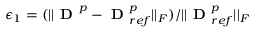
\epsilon _ { 1 } = ( | | \boldsymbol { \textbf { D } } ^ { p } - \boldsymbol { \textbf { D } } _ { r e f } ^ { p } | | _ { F } ) / | | \boldsymbol { \textbf { D } } _ { r e f } ^ { p } | | _ { F }